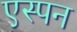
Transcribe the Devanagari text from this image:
एस्पन